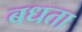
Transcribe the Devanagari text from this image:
बधता